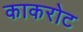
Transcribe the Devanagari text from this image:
काकरोट